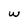
Character: w